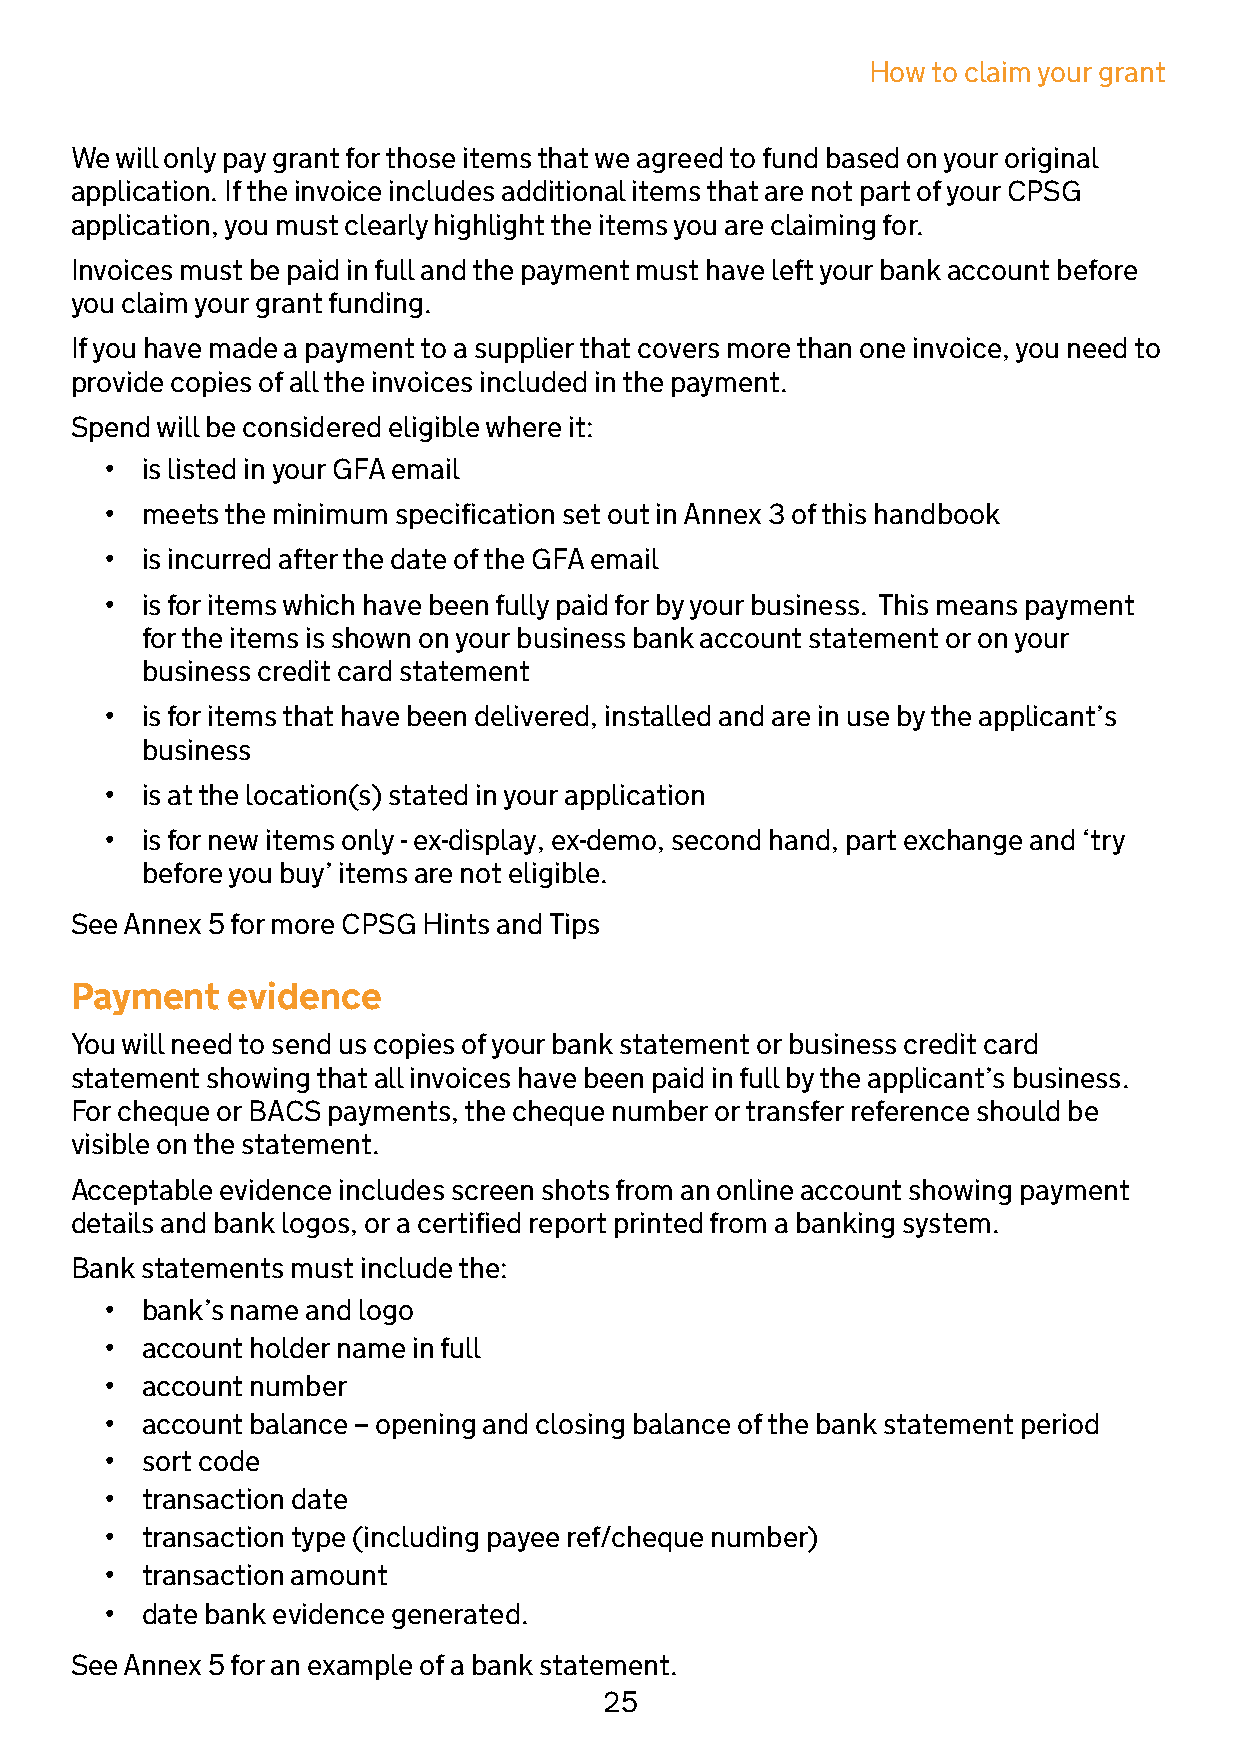
How  to claim your grant
 We will only pay grant for those items that we agreed to fund based on your original
 application. If the invoice includes additional items that are not part of your CPSG
 application, you must clearly highlight the items you are claiming for.
 Invoices must be paid in full and the payment must have left your bank account before
 you claim your grant funding.
 If you have made a payment to a supplier that covers more than one invoice, you need to
 provide copies of all the invoices included in the payment.
 Spend will be considered eligible where it:
 • is listed in your GFA email
 • meets the minimum specification set out in Annex 3 of this handbook
 • is incurred after the date of the GFA email
 • is for items which have been fully paid for by your business. This means payment
 for the items is shown on your business bank account statement or on your
 business credit card statement
 • is for items that have been delivered, installed and are in use by the applicant’s
 business
 • is at the location(s) stated in your application
 • is for new items only - ex-display, ex-demo, second hand, part exchange and ‘try
 before you buy’ items are not eligible.
 See Annex 5 for more CPSG Hints and Tips
 Payment   evidence
 You will need to send us copies of your bank statement or business credit card
 statement showing that all invoices have been paid in full by the applicant’s business.
 For cheque or BACS payments, the cheque number or transfer reference should be
 visible on the statement.
 Acceptable evidence includes screen shots from an online account showing payment
 details and bank logos, or a certified report printed from a banking system.
 Bank statements must include the:
 • bank’s name and logo
 • account holder name in full
 • account number
 • account balance – opening and closing balance of the bank statement period
 • sort code
 • transaction date
 • transaction type (including payee ref/cheque number)
 • transaction amount
 • date bank evidence generated.
 See Annex 5 for an example of a bank statement.
 25